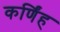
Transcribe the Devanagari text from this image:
कर्णिंह